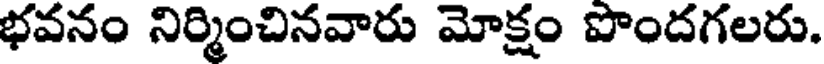
భవనం నిర్మించినవారు మోక్షం పొందగలరు.